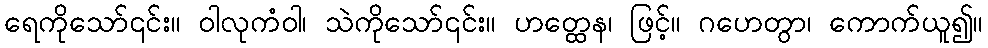
ရေကိုသော်၎င်း။ ဝါလုကံဝါ၊ သဲကိုသော်၎င်း။ ဟတ္ထေန၊ ဖြင့်။ ဂဟေတွာ၊ ကောက်ယူ၍။